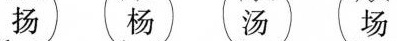
扬 杨 汤 场